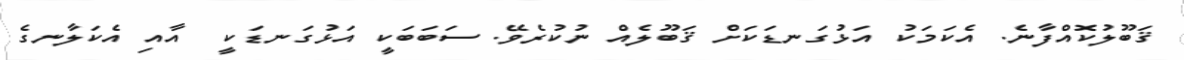
ޤަބޫލުކޮއްފާނެ. އެކަމަކު އަޅުގަނޑަކަށް ޤަބޫލެއް ނުކުރެވޭ. ސަބަބަކީ އަޅުގަނޑަކީ  އާއި އެކަލާނގެ